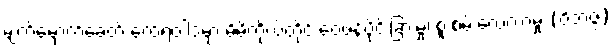
မျက်မှောက်ခေတ် ထေရဝါဒမှာ မိမိကိုယ်တိုင် ဝေဖန်ပိုင်းခြားမှု၊ စူးစမ်းလေ့လာမှု (ဝိဘဇ္ဇ)